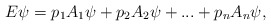
\begin{align*}E\psi = p_{1}A_{1}\psi+p_{2}A_{2}\psi+...+p_{n}A_{n}\psi,\end{align*}